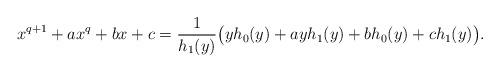
LaTeX: \begin{align*}x^{q+1} + a x^q + bx + c = \frac{1}{h_1(y)} \big(yh_0(y) + ay h_1(y) + bh_0(y) + ch_1(y) \big).\end{align*}